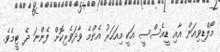
މޯލްޑިވިއަން އާއި ޑީއެސްސީ އަކީ މިއަހަރު އެންމެ ވާދަވެރިކޮށް ފެންނަ ދެ ޓީމެވެ.